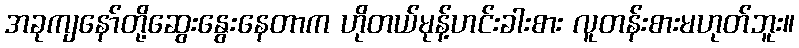
အခုကျနော်တို့ဆွေးနွေးနေတာက ဟိုတယ်မုန့်ဟင်းခါးစား လူတန်းစားမဟုတ်ဘူး။